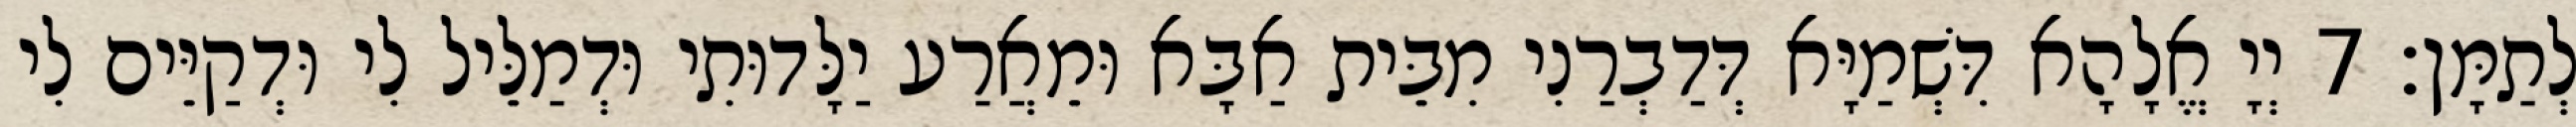
לְתַמָּן׃ 7 יְיָ אֱלָהָא דִּשְׁמַיָּא דְּדַבְרַנִי מִבֵּית אַבָּא וּמֵאֲרַע יַלָּדוּתִי וּדְמַלֵּיל לִי וּדְקַיֵּים לִי